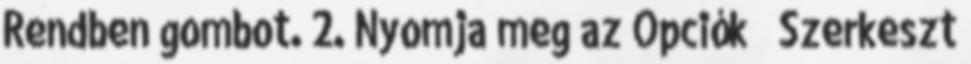
Rendben gombot. 2. Nyomja meg az Opciók → Szerkeszt